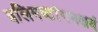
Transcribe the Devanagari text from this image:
बलिमष्टांगमक्षयं